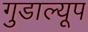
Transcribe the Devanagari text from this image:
गुडाल्यूप